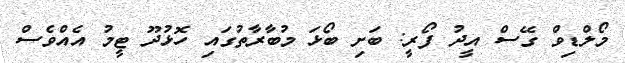
މޯލްޑިވް ގޭސް އީދު ފޯރީ: ބަށި ބޯޅަ މުބާރާތުގައި ހޮޅުދޫ ޓީމު އެއްވެސް